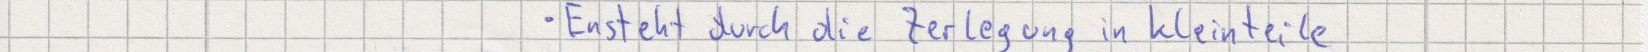
Entsteht durch die Zerlegung in Kleinteile